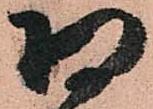
将